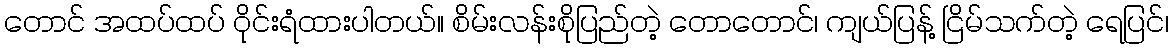
တောင် အထပ်ထပ် ဝိုင်းရံထားပါတယ်။ စိမ်းလန်းစိုပြည်တဲ့ တောတောင်၊ ကျယ်ပြန့် ငြိမ်သက်တဲ့ ရေပြင်၊